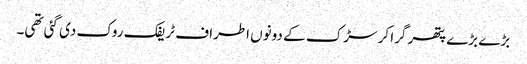
بڑے بڑے پتھر گرا کر سڑک کے دونوں اطراف ٹریفک روک دی گئی تھی۔